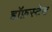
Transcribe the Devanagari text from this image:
हॉफ़स्टेड